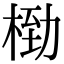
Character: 𬂿